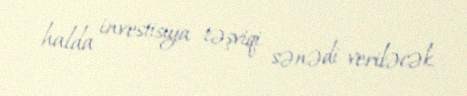
halda investisiya təşviqi sənədi veriləcək.